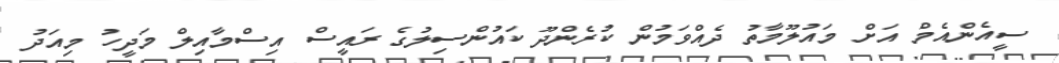
ސީއެންއެމް އަށް މައުލޫމާތު ދެއްވަމުން ކުރެންދޫ ކައުންސިލުގެ ރައީސް އިސްމާއިލް މަދީހު މިއަދު